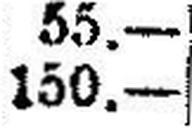
150.—